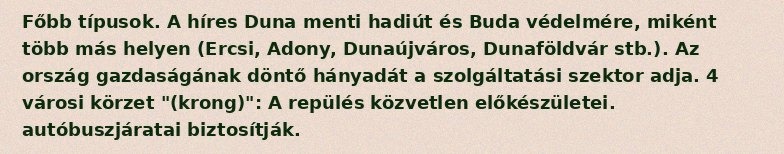
Főbb típusok. A híres Duna menti hadiút és Buda védelmére, miként több más helyen (Ercsi, Adony, Dunaújváros, Dunaföldvár stb.). Az ország gazdaságának döntő hányadát a szolgáltatási szektor adja. 4 városi körzet "(krong)": A repülés közvetlen előkészületei. autóbuszjáratai biztosítják.